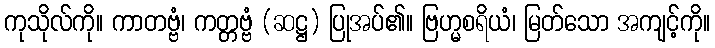
ကုသိုလ်ကို။ ကာတဗ္ဗံ၊ ကတ္တဗ္ဗံ (ဆဋ္ဌ) ပြုအပ်၏။ ဗြဟ္မစရိယံ၊ မြတ်သော အကျင့်ကို။